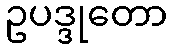
ဥပဒ္ဒုတော